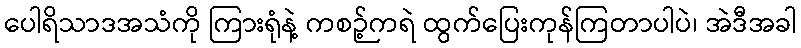
ပေါရိသာဒအသံကို ကြားရုံနဲ့ ကစဉ့်ကရဲ ထွက်ပြေးကုန်ကြတာပါပဲ၊ အဲဒီအခါ